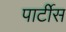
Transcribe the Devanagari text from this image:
पार्टीस